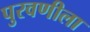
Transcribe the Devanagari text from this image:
पुरवणीला